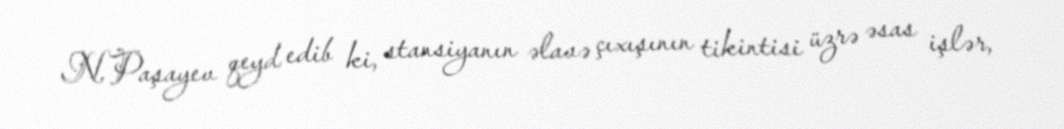
N.Paşayev qeyd edib ki, stansiyanın əlavə çıxışının tikintisi üzrə əsas işlər,